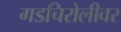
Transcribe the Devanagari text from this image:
गडचिरोलीवर